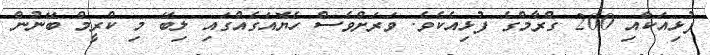
ފުޅިއަކާއި 200 ގްރާމްގެ ފުޅިއެކެވެ. ވަރަށްވެސް ހެޔޮއަގެއްގައި ލިބޭ މި ކްރީމް ބޭނުން